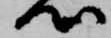
心